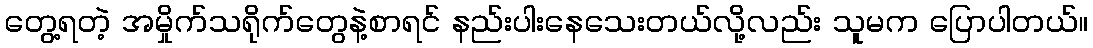
တွေ့ရတဲ့ အမှိုက်သရိုက်တွေနဲ့စာရင် နည်းပါးနေသေးတယ်လို့လည်း သူမက ပြောပါတယ်။